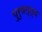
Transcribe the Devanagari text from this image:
पुरुषत्त्व